Insane asylums Bombay 1873-77 - 1873-1877
Year: 1873
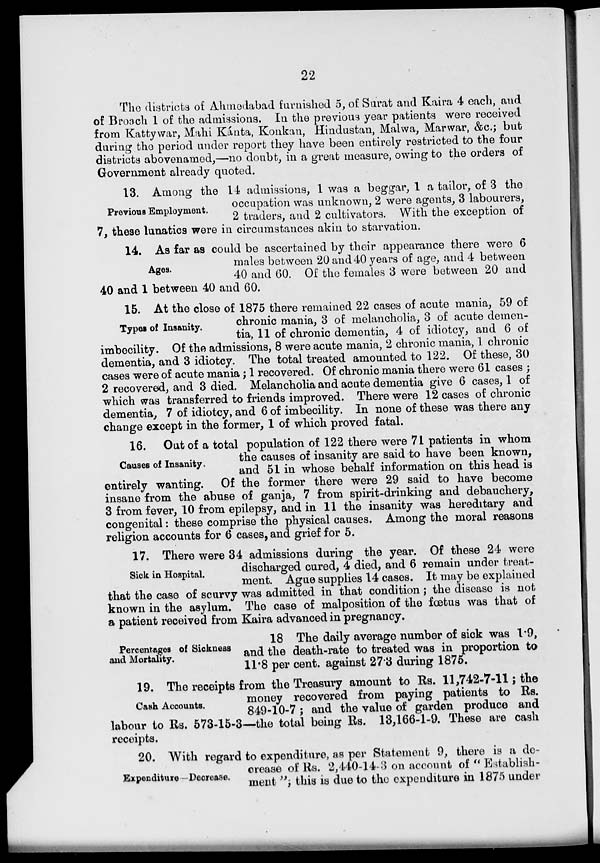
22
The districts of Ahmedabad furnished 5, of Surat and Kaira 4 each, and
of Broach 1 of the admissions. In the previous year patients were received
from Kattywar, Mahi Kánta, Konkan, Hindustan, Malwa, Marwar, &c.; but
during the period under report they have been entirely restricted to the four
districts abovenamed,—no doubt, in a great measure, owing to the orders of
Government already quoted.
Previous Employment.
13. Among the 14 admissions, 1 was a beggar, 1 a tailor, of 3 the
occupation was unknown, 2 were agents, 3 labourers,
2 traders, and 2 cultivators. With the exception of
7, these lunatics were in circumstances akin to starvation.
Ages.
14. As far as could be ascertained by their appearance there were 6
males between 20 and 40 years of age, and 4 between
40 and 60. Of the females 3 were between 20 and
40 and 1 between 40 and 60.
Types of Insanity.
15. At the close of 1875 there remained 22 cases of acute mania, 59 of
chronic mania, 3 of melancholia, 3 of acute demen-
tia, 11 of chronic dementia, 4 of idiotcy, and 6 of
imbecility. Of the admissions, 8 were acute mania, 2 chronic mania, 1 chronic
dementia, and 3 idiotcy. The total treated amounted to 122. Of these, 30
cases were of acute mania; 1 recovered. Of chronic mania there were 61 cases ;
2 recovered, and 3 died. Melancholia and acute dementia give 6 cases, 1 of
which was transferred to friends improved. There were 12 cases of chronic
dementia, 7 of idiotcy, and 6 of imbecility. In none of these was there any
change except in the former, 1 of which proved fatal.
Causes of Insanity.
16. Out of a total population of 122 there were 71 patients in whom
the causes of insanity are said to have been known,
and 51 in whose behalf information on this head is
entirely wanting.
Of the former there were 29 said to have become
insane from the abuse of ganja, 7 from spirit-drinking and debauchery,
3 from fever, 10 from epilepsy, and in 11 the insanity was hereditary and
congenital: these comprise the physical causes. Among the moral reasons
religion accounts for 6 cases, and grief for 5.
Sick in Hospital.
17. There were 34 admissions during the year. Of these 24 were
discharged cured, 4 died, and 6 remain under treat-
ment. Ague supplies 14 cases. It may be explained
that the case of scurvy was admitted in that condition; the disease is not
known in the asylum. The case of malposition of the fœtus was that of
a patient received from Kaira advanced in pregnancy.
Percentages of Sickness
and Mortality.
18 The daily average number of sick was 1.9,
and the death-rate to treated was in proportion to
11.8 per cent. against 27.3 during 1875.
Cash Accounts.
19. The receipts from the Treasury amount to Rs. 11,742-7-11; the
money recovered from paying patients to Rs.
849-10-7; and the value of garden produce and
labour to Rs. 573-15-3—the total being Rs. 13,166-1-9. These are cash
receipts.
Expenditure—Decrease.
20. With regard to expenditure, as per Statement 9, there is a de-
crease of Rs. 2,440-14-3 on account of " Establish-
ment "; this is due to the expenditure in 1875 under